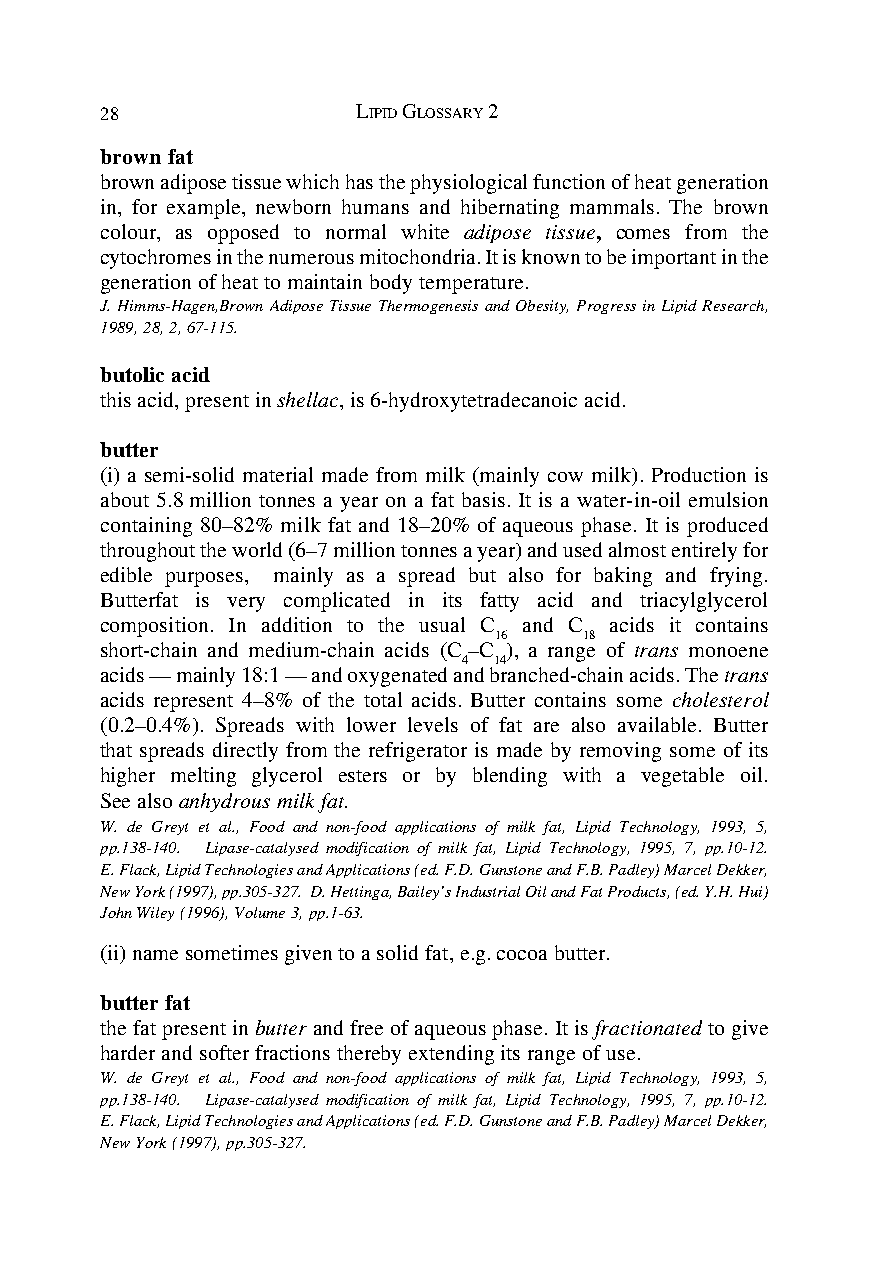
28               LIPID GLOSSARY 2
 brown fat
 brown adipose tissue which has the physiological function of heat generation
 in, for example, newborn humans and hibernating mammals. The brown
 colour, as opposed to normal white adipose tissue, comes from the
 cytochromes in the numerous mitochondria. It is known to be important in the
 generation of heat to maintain body temperature.
 J. Himms-Hagen,Brown Adipose Tissue Thermogenesis and Obesity, Progress in Lipid Research,
 1989, 28, 2, 67-115.
 butolic acid
 this acid, present in shellac, is 6-hydroxytetradecanoic acid.
 butter
 (i) a semi-solid material made from milk (mainly cow milk). Production is
 about 5.8 million tonnes a year on a fat basis. It is a water-in-oil emulsion
 containing 80–82% milk fat and 18–20% of aqueous phase. It is produced
 throughout the world (6–7 million tonnes a year) and used almost entirely for
 edible purposes, mainly as a spread but also for baking and frying.
 Butterfat is very complicated in its fatty acid and triacylglycerol
 composition. In addition to the usual C and C acids it contains
 16    18
 short-chain and medium-chain acids (C –C ), a range of trans monoene
 4 14
 acids — mainly 18:1 — and oxygenated and branched-chain acids. The trans
 acids represent 4–8% of the total acids. Butter contains some cholesterol
 (0.2–0.4%). Spreads with lower levels of fat are also available. Butter
 that spreads directly from the refrigerator is made by removing some of its
 higher melting glycerol esters or by blending with a vegetable oil.
 See also anhydrous milk fat.
 W. de Greyt et al., Food and non-food applications of milk fat, Lipid Technology, 1993, 5,
 pp.138-140. Lipase-catalysed modification of milk fat, Lipid Technology, 1995, 7, pp.10-12.
 E. Flack, Lipid Technologies and Applications (ed. F.D. Gunstone and F.B. Padley) Marcel Dekker,
 New York (1997), pp.305-327. D. Hettinga, Bailey’s Industrial Oil and Fat Products, (ed. Y.H. Hui)
 John Wiley (1996), Volume 3, pp.1-63.
 (ii) name sometimes given to a solid fat, e.g. cocoa butter.
 butter fat
 the fat present in butter and free of aqueous phase. It is fractionated to give
 harder and softer fractions thereby extending its range of use.
 W. de Greyt et al., Food and non-food applications of milk fat, Lipid Technology, 1993, 5,
 pp.138-140. Lipase-catalysed modification of milk fat, Lipid Technology, 1995, 7, pp.10-12.
 E. Flack, Lipid Technologies and Applications (ed. F.D. Gunstone and F.B. Padley) Marcel Dekker,
 New York (1997), pp.305-327.